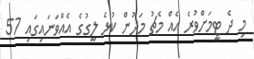
މި ދެ ޓީމަށްވުރެ އެއް މެޗު މަދުން ކުޅެ ލީގުގެ އެއްވަނައިގައި 57